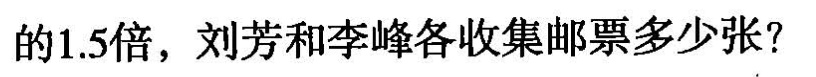
的1.5倍，刘芳和李峰各收集邮票多少张?